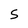
Character: S